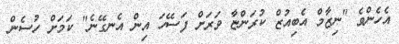
އެހެންވެ "ނިޒާމް އެބިއުޒް ކުރަންޏާ ވަރަށް ފަސޭހަ އިން އެނގޭނެ" ކަމަށް ހުސެން